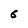
Character: 6